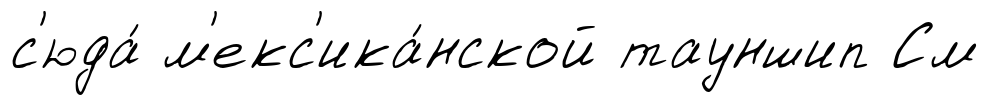
с'юда́ м'екс'ика́нской тауншип См